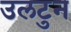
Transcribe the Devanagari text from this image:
उलटुन